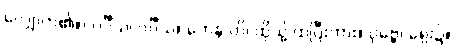
လျှောက်၏။) ဝင်္ဂီသ၊ ဝင်္ဂီသ။ တေန ဟိ၊ ထိုသို့ ထပြီးကား။ ပုဗ္ဗေ၊ ရှေး၌။